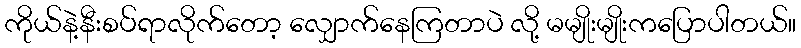
ကိုယ်နဲ့နီးစပ်ရာလိုက်တော့ လျှောက်နေကြတာပဲ လို့ မမျိုးမျိုးကပြောပါတယ်။